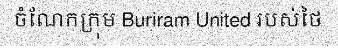
ចំណែកក្រុម Buriram United របស់ថៃ